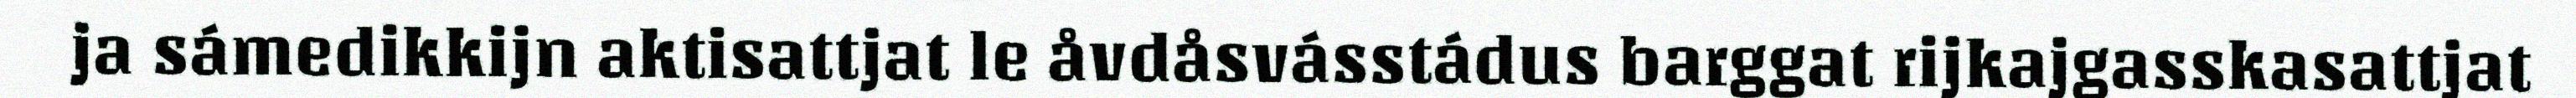
ja sámedikkijn aktisattjat le åvdåsvásstádus barggat rijkajgasskasattjat